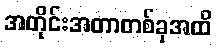
အတိုင်းအတာတစ်ခုအထိ